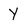
Character: Y